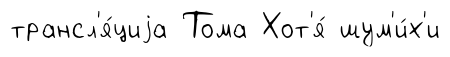
трансл'я́циjа Тома Хот'я́ шум'и́х'и